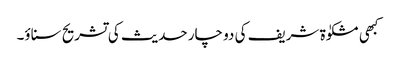
کبھی مشکوٰة شریف کی دو چار حدیث کی تشریح سناؤ۔